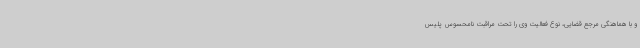
و با هماهنگی مرجع قضایی، نوع فعالیت وی را تحت مراقبت نامحسوس پلیس